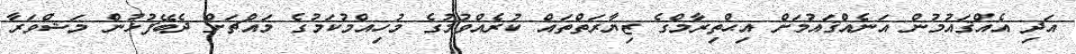
އަދި އެއްޤައުމުން އަނެއްޤައުމަށް އިޙްތިރާމްގެ ޒިޔާރަތްތައް ކުރެއްވުމުގެ މުހިއްމުކަމުގެ މައްޗަށް ދެބޭފުޅުން މަޝްވަރާ